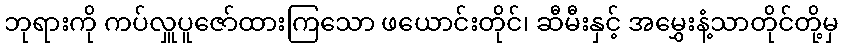
ဘုရားကို ကပ်လှူပူဇော်ထားကြသော ဖယောင်းတိုင်၊ ဆီမီးနှင့် အမွှေးနံ့သာတိုင်တို့မှ